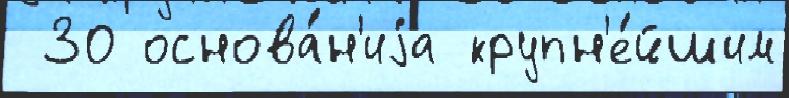
 30 основа́н'иjа крупн'е́йшим